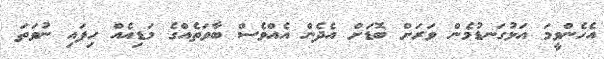
އެހެންވީމަ އަޅުގަނޑުމެން ވަރަށް ބޮޑަށް އެދެން އެއްވެސް ބާވަތެއްގެ މަޑިއެއް ހިފައި ނުވަތަ